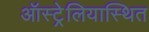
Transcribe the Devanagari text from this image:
ऑस्ट्रेलियास्थित